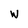
Character: W